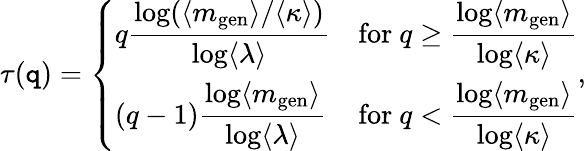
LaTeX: \tau(\mathtt{q})=\left\{ \begin{array}{ll}{q\displaystyle\frac{\log(\langle m_{\mathrm{gen}}\rangle/\langle\kappa\rangle)}{\log\langle\lambda\rangle}}&{\mathrm{for~}q\ge\displaystyle\frac{\log\langle m_{\mathrm{gen}}\rangle}{\log\langle\kappa\rangle}}\\ {(q-1)\displaystyle\frac{\log\langle m_{\mathrm{gen}}\rangle}{\log\langle\lambda\rangle}}&{\mathrm{for~}q<\displaystyle\frac{\log\langle m_{\mathrm{gen}}\rangle}{\log\langle\kappa\rangle}}\end{array}\right.,